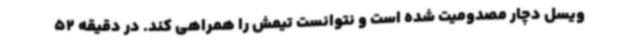
ویسل دچار مصدومیت شده است و نتوانست تیمش را همراهی کند. در دقیقه 52